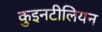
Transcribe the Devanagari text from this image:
कुइनटीलियन